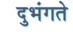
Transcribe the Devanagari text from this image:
दुभंगते